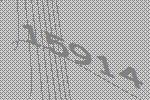
15914